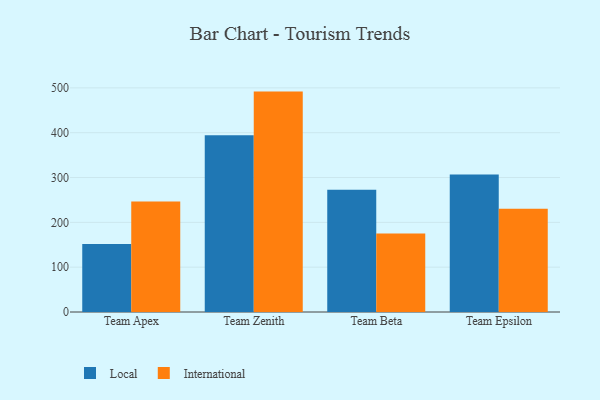
{"axis": {"x": "Team", "y": "Bounce Rate (%)"}, "legend": ["International", "Local"], "data": [{"x": "Team Apex", "y": 151.5, "type": "Local"}, {"x": "Team Apex", "y": 246.7, "type": "International"}, {"x": "Team Zenith", "y": 394.2, "type": "Local"}, {"x": "Team Zenith", "y": 491.7, "type": "International"}, {"x": "Team Beta", "y": 273.0, "type": "Local"}, {"x": "Team Beta", "y": 175.4, "type": "International"}, {"x": "Team Epsilon", "y": 306.7, "type": "Local"}, {"x": "Team Epsilon", "y": 230.6, "type": "International"}]}